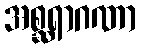
အစ္ဆရာဂဏာ